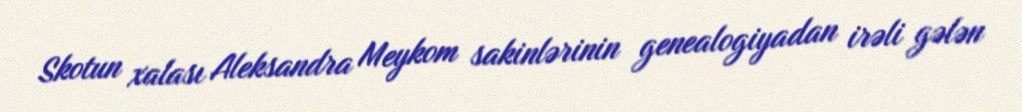
Skotun xalası Aleksandra Meykom sakinlərinin genealogiyadan irəli gələn